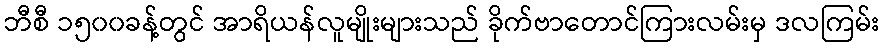
ဘီစီ ၁၅၀၀ခန့်တွင် အာရိယန်လူမျိုးများသည် ခိုက်ဗာတောင်ကြားလမ်းမှ ဒလကြမ်း